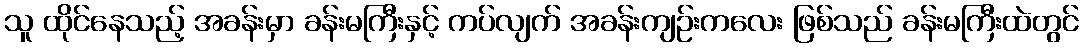
သူ ထိုင်နေသည့် အခန်းမှာ ခန်းမကြီးနှင့် ကပ်လျက် အခန်းကျဉ်းကလေး ဖြစ်သည် ခန်းမကြီးထဲတွင်